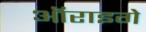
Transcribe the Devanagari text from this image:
ऑराइगे